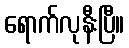
ရောက်လုနီးပြီ။